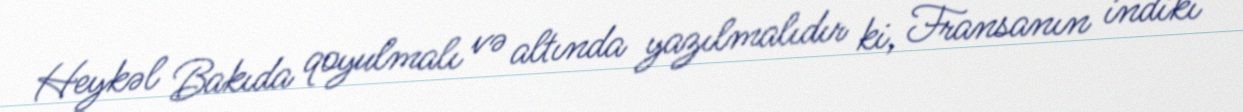
Heykəl Bakıda qoyulmalı və altında yazılmalıdır ki, Fransanın indiki